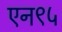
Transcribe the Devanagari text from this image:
एन९५